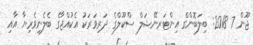
ޖޫން 7 2018: ބިލަބޮންގް އިންޓަރނޭޝަލް ސްކޫލްގެ ދަރިވަރަކު އެކުއްޖާގެ ބެލެނިވެރިޔާ އާއި